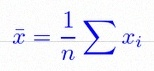
\bar{x}=\frac1n\sum x_i